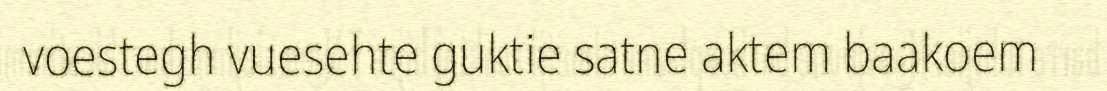
voestegh vuesehte guktie satne aktem baakoem